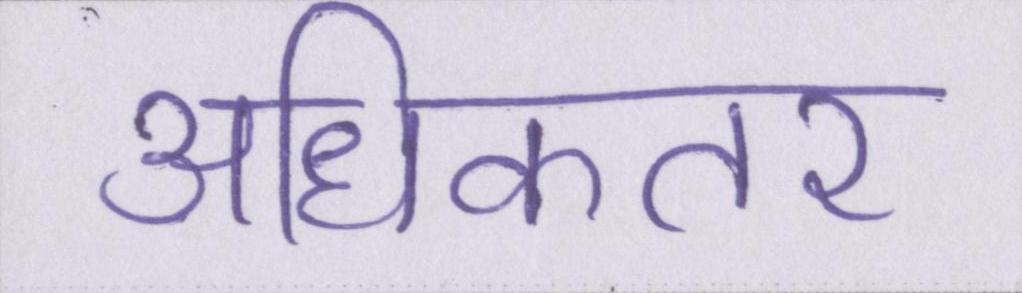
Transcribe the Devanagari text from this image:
अधिकतर